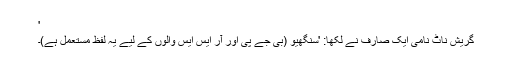
'
گریش ناٹ نامی ایک صارف نے لکھا: 'سنگھیو (بی جے پی اور آر ایس ایس والوں کے لیے یہ لفظ مستعمل ہے)۔